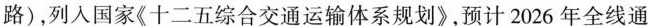
路)，列入国家《十二五综合交通运输体系规划》，预计2026年全线通